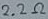
Text: 2.2Ω